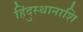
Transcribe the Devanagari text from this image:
हिंदुस्थानाशि